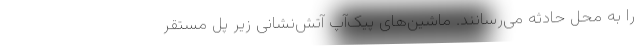
را به محل حادثه می‌رسانند. ماشین‌های پیک‌آپ آتش‌نشانی زیر پل مستقر